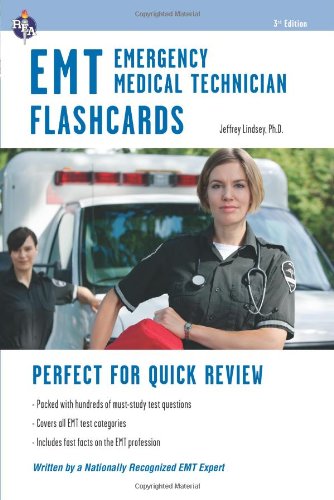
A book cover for EMT Flashcard Book (EMT Test Preparation); Jeffrey Lindsey Ph.D.; Test Preparation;